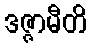
ဒဇ္ဇာမီတိ